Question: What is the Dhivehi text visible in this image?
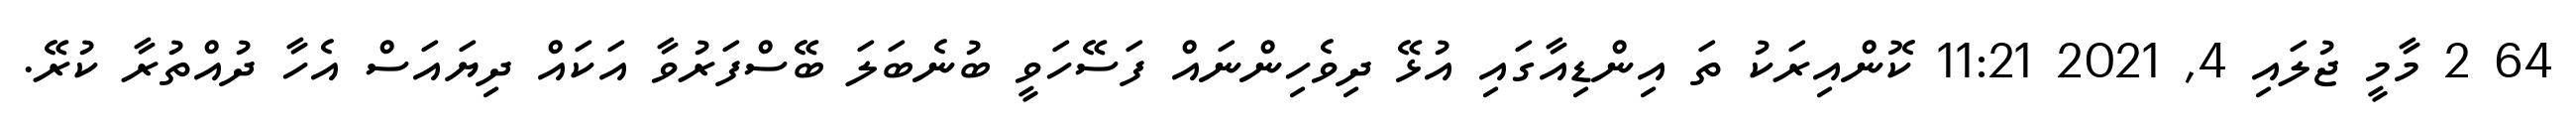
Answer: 64 2 މާމީ ޖުލައި 4, 2021 11:21 ކޮންއިރަކު ތަ އިންޑިއާގައި އުޅޭ ދިވެހިންނައް ފަސޭހަވީ ބުނެބަލަ ބޭސްފަރުވާ އަކައް ދިޔައަސް އެހާ ދުއްތުރާ ކުރޭ.